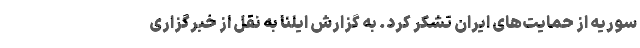
سوریه از حمایت‌های ایران تشکر کرد. به گزارش ایلنا به نقل از خبرگزاری